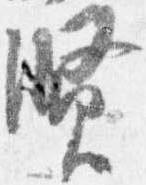
賢